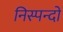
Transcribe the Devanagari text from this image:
निस्पन्दों